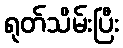
ရုတ်သိမ်းပြီး